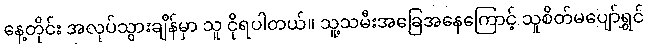
နေ့တိုင်း အလုပ်သွားချိန်မှာ သူ ငိုရပါတယ်။ သူ့သမီးအခြေအနေကြောင့် သူစိတ်မပျော်ရွှင်